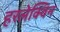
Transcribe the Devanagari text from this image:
हरलेक्विन